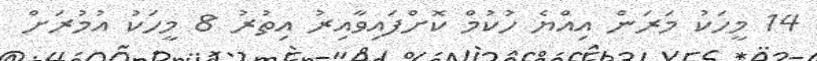
14 މީހަކު މަރަން އިއްޔެ ހުކުމް ކޮށްފައިވާއިރު އިތުރު 8 މީހަކު އުމުރަށް